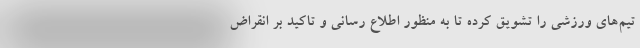
تیم‌های ورزشی را تشویق کرده تا به منظور اطلاع رسانی و تاکید بر انقراض